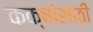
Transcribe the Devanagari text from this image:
कक्षांसाठी